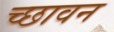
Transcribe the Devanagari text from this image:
च्छावन